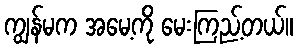
ကျွန်မက အမေ့ကို မေးကြည့်တယ်။